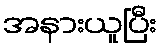
အနားယူပြီး